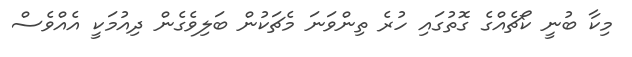
މިކާ ބުނީ ކޯޗެއްގެ ގޮތުގައި ހުރެ ތިންވަނަ މެޗަކުން ބަލިވެގެން ދިއުމަކީ އެއްވެސް